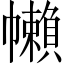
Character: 𢅭